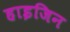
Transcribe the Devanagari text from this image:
हाइजिन